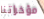
مؤخراتنا